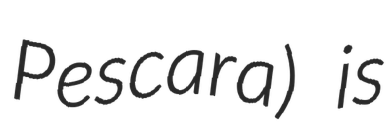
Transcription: Pescara) is